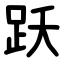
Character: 跃